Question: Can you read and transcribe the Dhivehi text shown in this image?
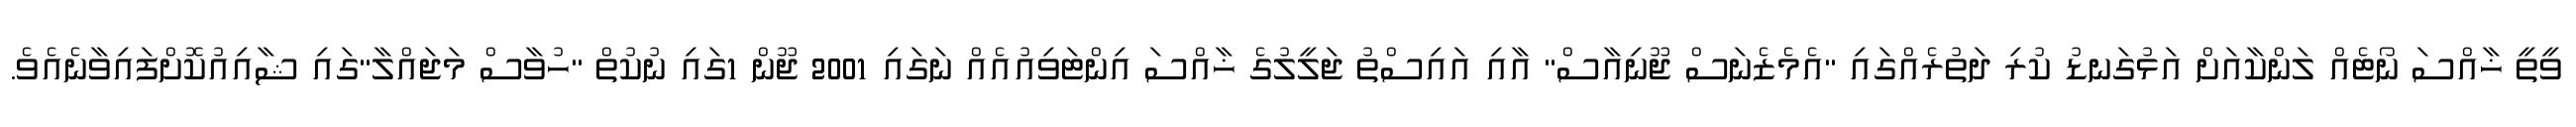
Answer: ވީތީ ޚާއްސަ ނޯޓެއް ލަންކާއަށް އަޅުގަނޑު ކުރި ދަތުރެއްގައި "އެމެޒެނަސް ޖޫނިއާސް" އާއި އައިސްތު ޖަލީލުގެ ޚާއްސަ އިންޓަވިއުއެއް ނަގައި 2001 ޖޫން 1ގައި ނުކުތް "ހުވާސް މަޖައްލާ"ގައި ޝާއިއުކޮށްފައިވާނެއެވެ.